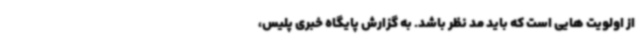
از اولویت هایی است که باید مد نظر باشد. به گزارش پایگاه خبری پلیس،